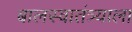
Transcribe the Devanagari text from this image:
बालस्वातंत्र्याला